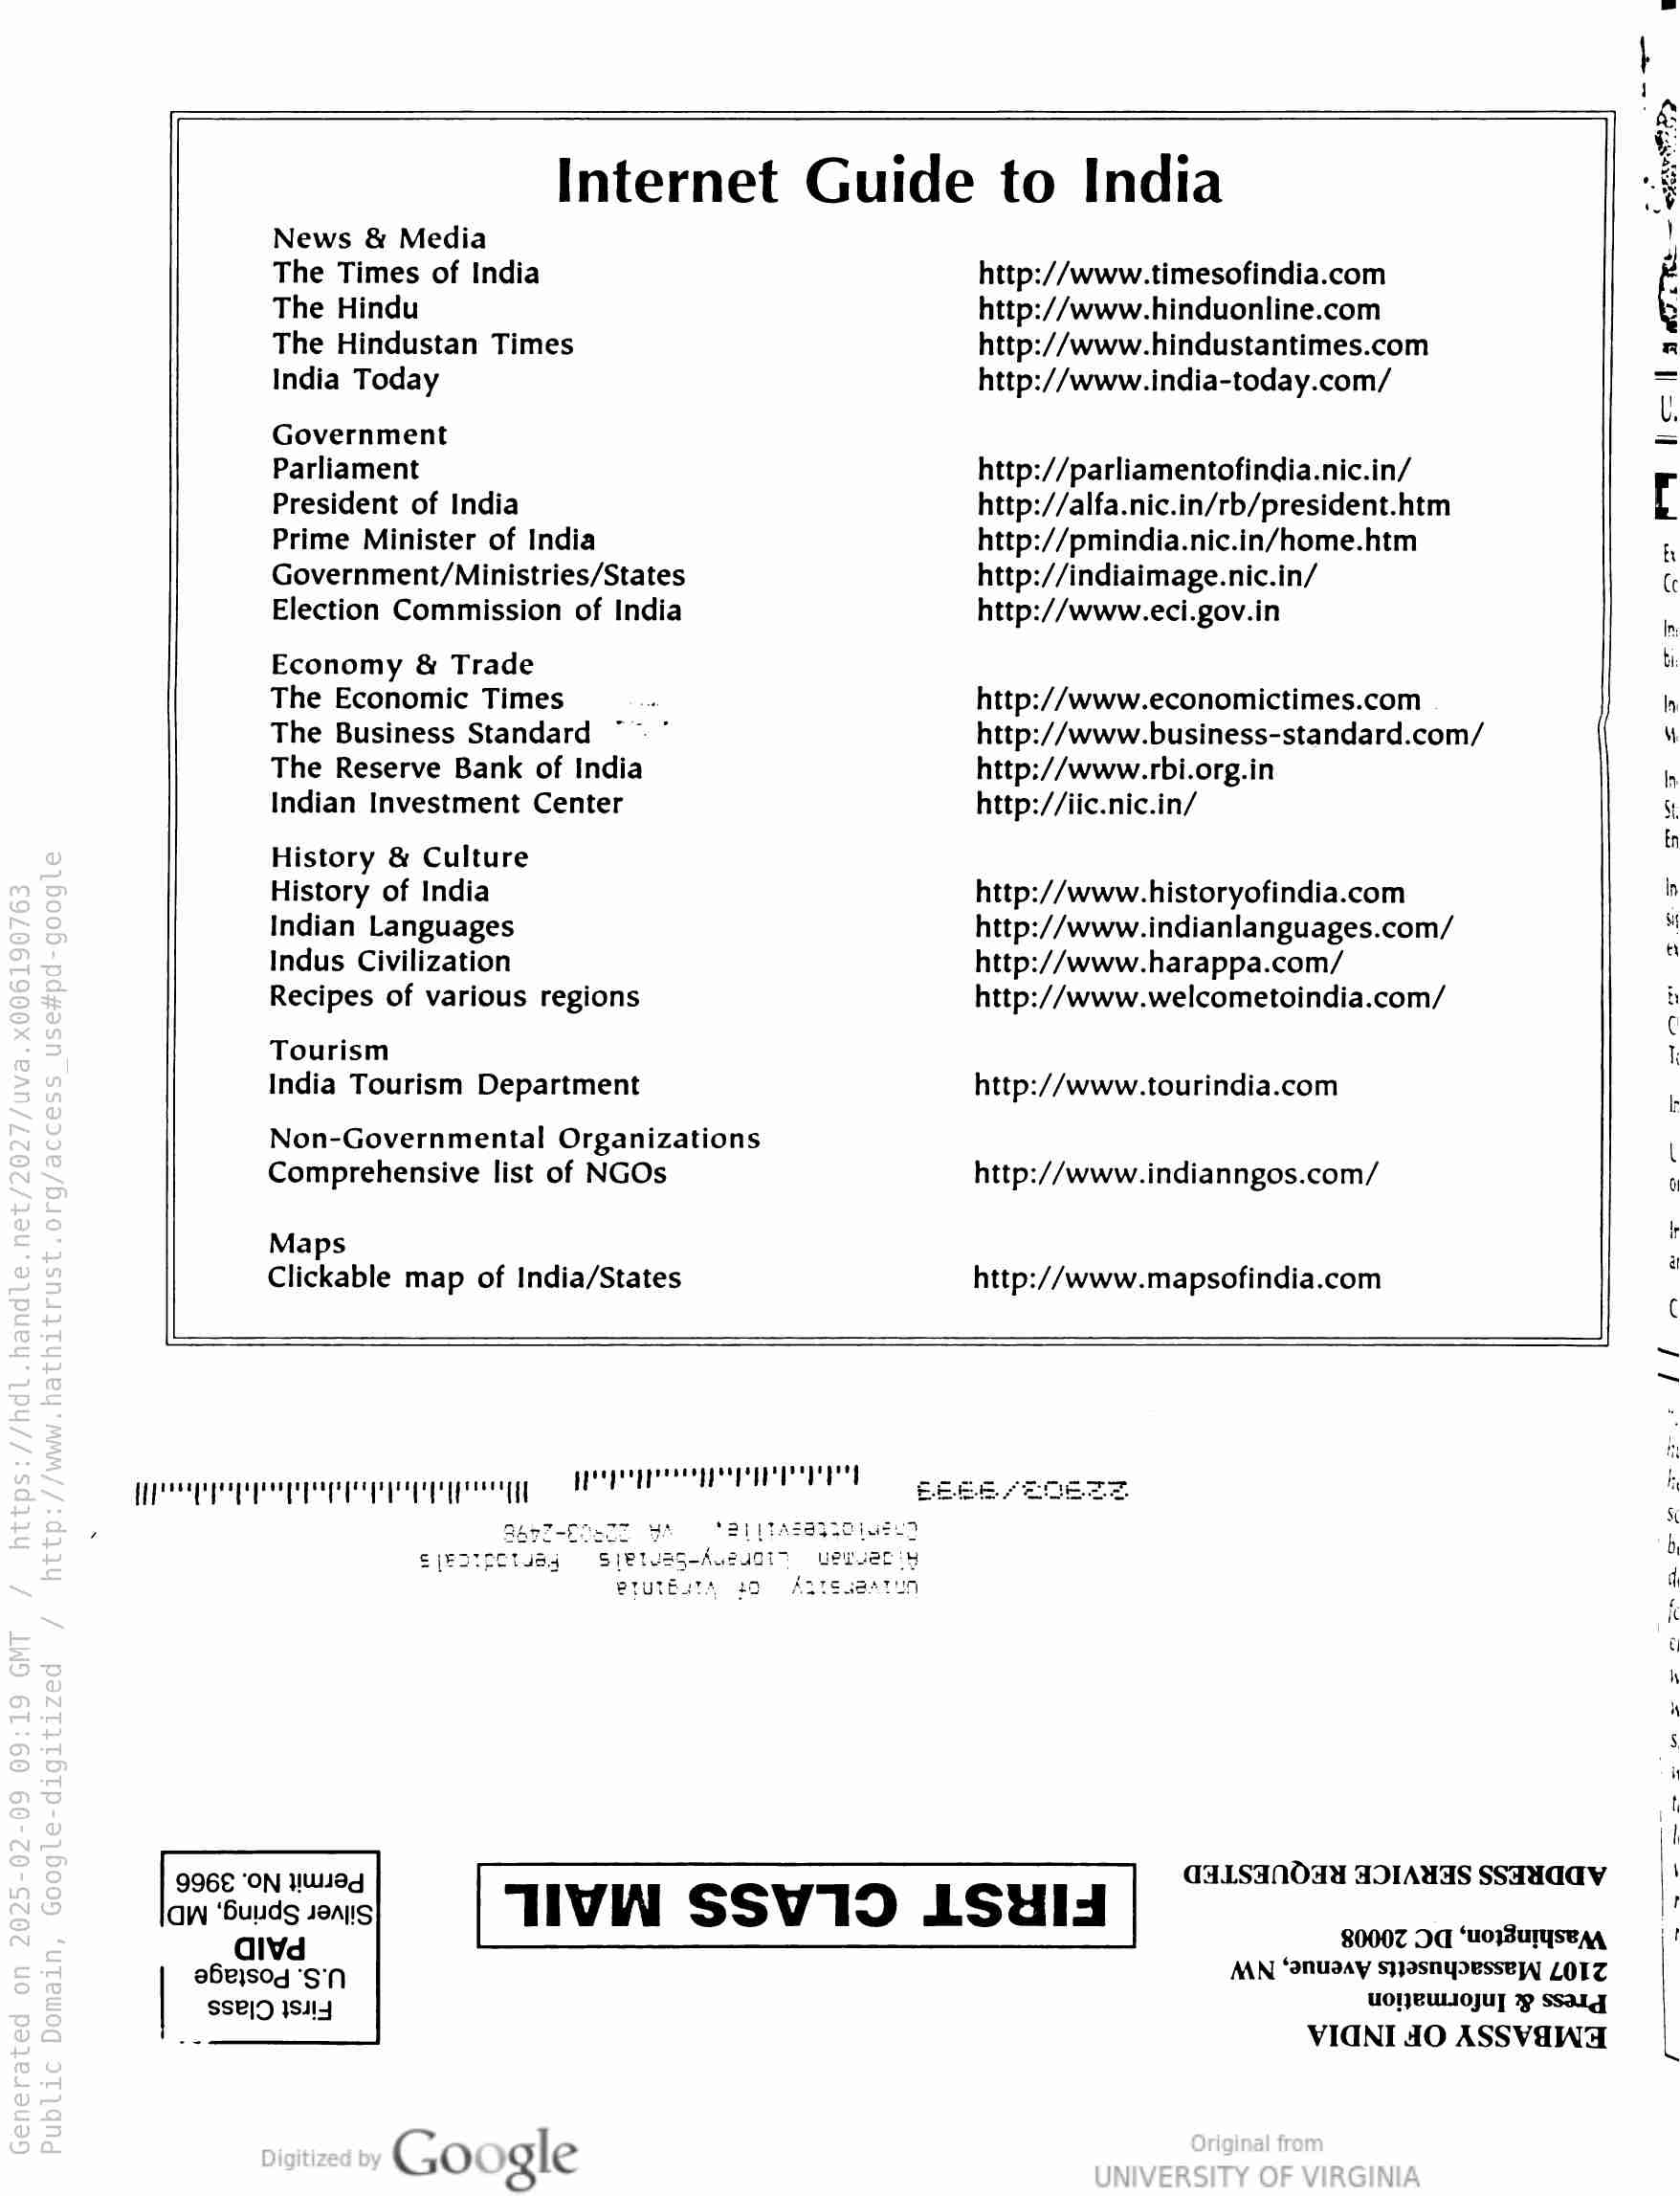
Internet Guide to India

News & Media

The Times of India
The Hindu

The Hindustan Times
India Today

Government

Parliament

President of India

Prime Minister of India
Government/Ministries/States
Election Commission of India

Economy & Trade

The Economic Times

The Business Standard ~~ °
The Reserve Bank of India
Indian Investment Center

History & Culture
History of India

Indian Languages

Indus Civilization

Recipes of various regions

Tourism
India Tourism Department

Non-Governmental Organizations
Comprehensive list of NGOs

Maps
Clickable map of India/States

http://www.timesofindia.com
http://www. hinduonline.com
http://www. hindustantimes.com
http://www. india-today.com/

http://parliamentofindia.nic.in/
http://alfa.nic.in/rb/president.htm
http://pmindia.nic.in/home.htm
http://indiaimage.nic.in/
http://www.eci.gov.in

http://www.economictimes.com
http://www. business-standard.com/
http://www. rbi.org.in
http://iic.nic.in/

http://www. historyofindia.com
http://www. indianlanguages.com/
http://www. harappa.com/
http://www.welcometoindia.com/

http://www.tourindia.com

http://www.indianngos.com/

http://www.mapsofindia.com

Tf ica tad food ca

QOGE “ON MUWad

Pee eee eee

AW ‘Buuds sens

divd 80007 Od ‘uorsuTysE AA
aBejsodg ‘SN AAN ‘anuaay syasnyoessey] ZO1Z
SSP|D IS4I4 uOTEULIOJUT 7 SSaLg
- VIGNI 40 ASSVEWA

Google

TIVN, SSV19 LSUIS

GaLsan0dd AOIANgS SSaAaav